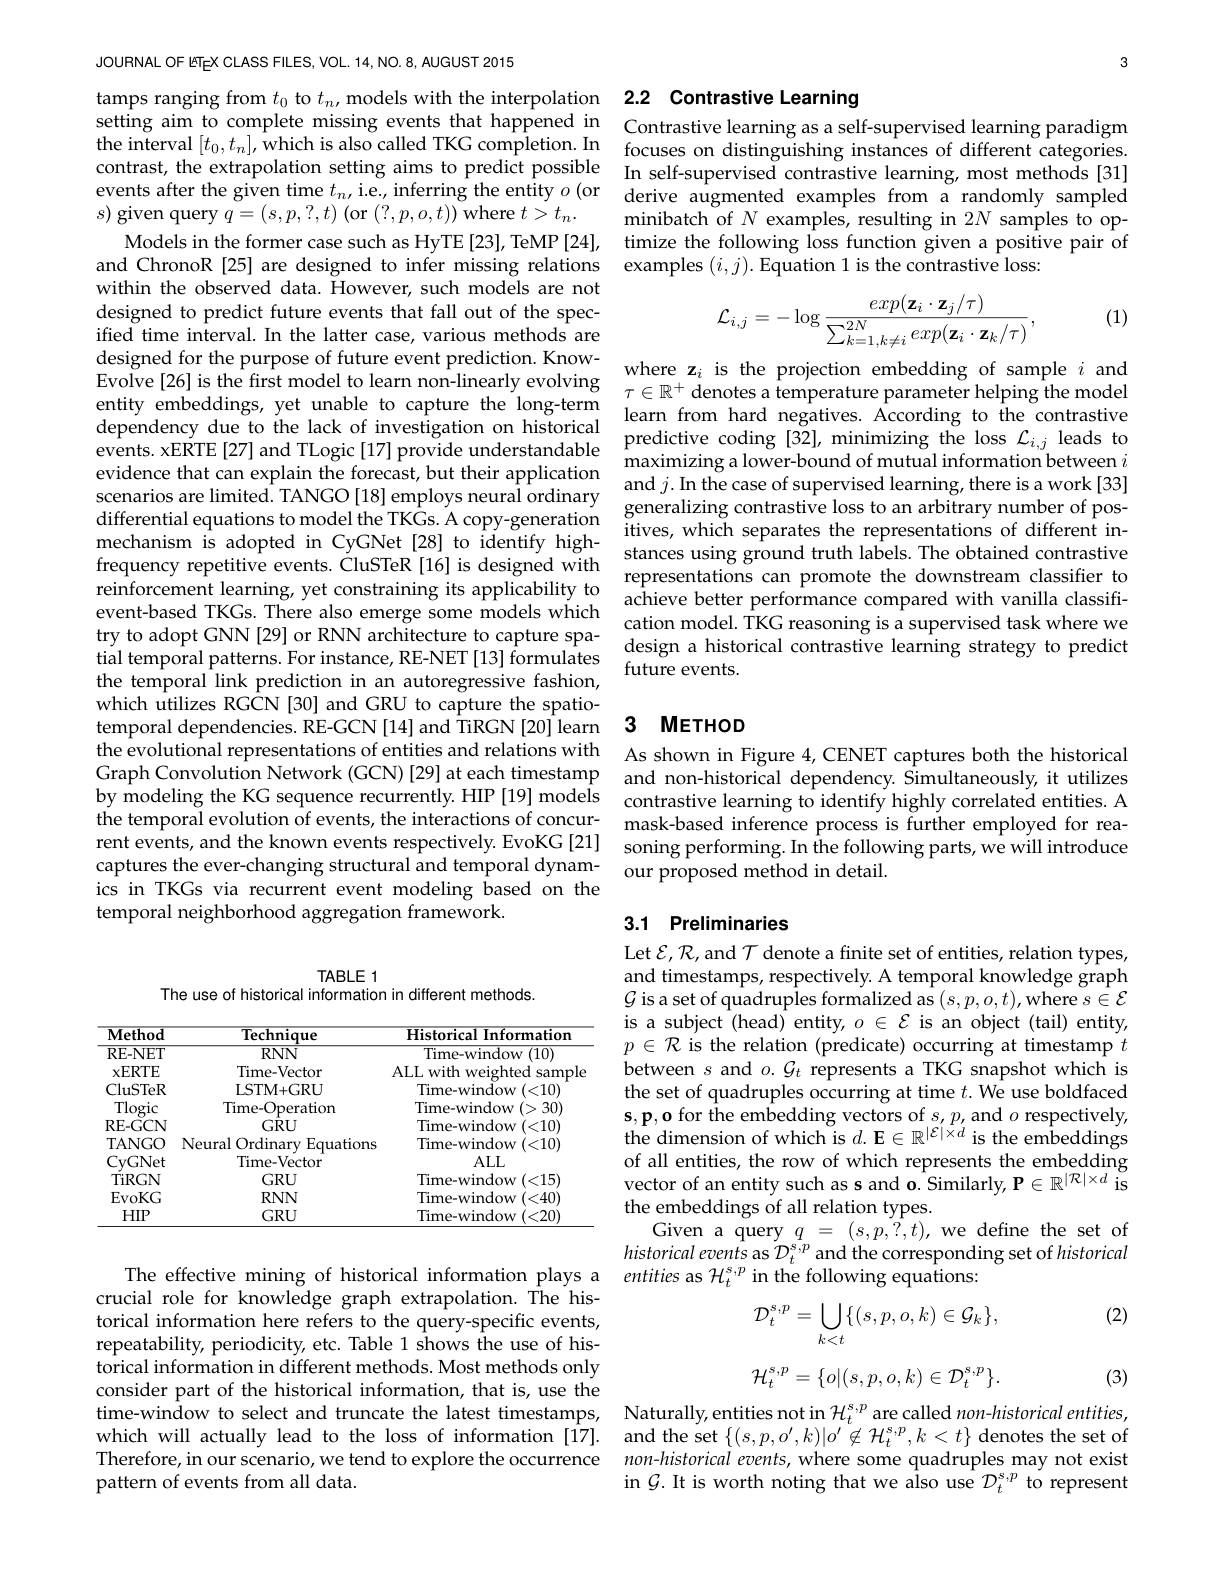
JOURNAL OF ETEX CLASS FILES,
setting aim to complete miss contrast, the extrapolation events after the given time $s)$ given query $q=(s,p,?,t$
and ChronoR [25] are designe within the observed data. Ho designed to predict future e ified time interval. In the designed for the purpose of
entity embeddings, yet unabl dependency due to the lack o events. xERTE[27] and TLogic evidence that can explain th evuente ual cali expalal une rolecast, but ulelr applicaluon and $j.$ In the case of supervised learning, there is a work [33]scenarios are limited. TANGO [18] employs neural ordinary $\begin{array}{c}\mathrm{and}j.\text{In the case of supervised learning,there~is~a~work~[33]}\end{array}$ reinforcement learning, yet event-based TKGs. There also try to adopt GNN [29] or RNN tial temporal patterns. For the temporal link prediction which utilizes RGCN [30] and GRU to capture the spatiotemporal dependencies. RE-GC the evolutional representati
by modeling the KG sequence the temporal evolution of ev rent events, and the known e
captures the ever-changing s
ics in TKGs via recurrent ev
temporal neighborhood aggreg

TABLE 1
The use of historical inform

<table>
	<tbody>
		<tr>
			<th>$\mathbf{Method}$</th>
			<th>Technique</th>
			<th>Historical Information</th>
		</tr>
		<tr>
			<td>RE- NET</td>
			<td>4 $RNN$</td>
			<td>$\mathop{\mathrm{Time-window~(10)}}$</td>
		</tr>
		<tr>
			<td>${\mathbf{ERTE}}$ $y$</td>
			<td>Time- Vector</td>
			<td>AI. I. with $\mathrm{wei}_{\mathrm{od}}$ samnle</td>
		</tr>
		<tr>
			<td>CluSTeR</td>
			<td>LSTM+ GRU</td>
			<td>Time- window$\left ( < 10\right )$</td>
		</tr>
		<tr>
			<td>Tlogic</td>
			<td>Time-Operation</td>
			<td>Time- window (>30)</td>
		</tr>
		<tr>
			<td>RE- GCN</td>
			<td>$GRU$</td>
			<td>Time-window (<10)</td>
		</tr>
		<tr>
			<td>TANGO</td>
			<td>Neural Ordinarv Equations</td>
			<td>Time- window (<10)</td>
		</tr>
		<tr>
			<td>CvGNet</td>
			<td>Time-Vector</td>
			<td>$ALL$</td>
		</tr>
		<tr>
			<td>TiRGN</td>
			<td>$GRU$</td>
			<td>Time- window ( < 15) </td>
		</tr>
		<tr>
			<td>EvoKG</td>
			<td>$RNN$</td>
			<td>Time-window (<40)</td>
		</tr>
		<tr>
			<td>$HIP$</td>
			<td>$GRU$</td>
			<td>Time-window (<20)</td>
		</tr>
	</tbody>
</table>

crucial role for knowledge graph extrapolation. The historical information here ref repeatability, periodicity, $\hat{\text{torical information in d}}$ consider part of the histori time-window to select and tr which will actually lead to Therefore, in our scenario, pattern of events from all d

3

# tamps ranging from $t_0$ to $t_n$, models with the interpolation 2.2 Contrastive Learning

Contrastive learning as a se
the interval $[t_0,t_n]$,which is also called TKG completion.In focuses on distinguishing instances of different categories.
In self-supervised contrasti derive augmented examples fr minibatch of $N$ examples, r
Models in the former case su
examples $(i,j).$ Equation 1

(1)
$$\mathcal{L}_{i,j}=-\log\frac{exp(\mathbf{z}_i\cdot\mathbf{z}_j/\tau)}{\sum_{k=1,k\neq i}^{2N}exp(\mathbf{z}_i\cdot\mathbf{z}_k/\tau)},$$
where z$_i$ is the projectio learn from hard negatives. A predictive coding [32], mini maximizing a lower-bound of representations can promote achieve better performance compared with vanilla classification model. TKG reasoning design a historical contrast future events.

### 3 $METHOD$

contrastive learning to identify highly correlated entities. A mask-based inference process is further employed for rea-

## 3.1 Preliminaries

Let $\mathcal{E},\mathcal{R}$,and $\mathcal{T}$ denote a finite set of entities, relation types, and timestamps, respectively. A temporal knowledge graph $\mathcal{G}$ is a set of quadruples formalized as $(s,p,o,t)$,where $s\in\mathcal{E}$ is a subject (head) entity, $o\in\mathcal{E}$ is an object (tail) entity, $p\in\mathcal{R}$ is the relation (predicate) occurring at timestamp $t$ between $s$ and $o.\mathcal{G}_t$ represents a TKG snapshot which is the set of quadruples occurring at time $t.$ We use boldfaced $\begin{array}{l}{\mathbf{s},\mathbf{p},\mathbf{o}\text{ for the embedding vectors of }s,p,\mathrm{and}o\text{ respectively},}\\{\mathrm{the~dimension~of~which~is~}d.\mathbf{E}\in\mathbb{R}^{|\mathcal{E}|\times d}\text{ is the embeddings}}\end{array}$ of all entities, the row of which represents the embedding vector of an entity such as the embeddings of all relation types.
Given a query $q$ = $( s, p, \hat{? } , t) $,we define the set of historicalevents as $\mathcal{D}_t^{s,p}$ and the corresponding set of historical
The effective mining of historical information plays a entities as $\mathcal{H}_t^{\mathrm{s},p}$ in the following equations:

(2)
$$\mathcal{D}_{t}^{s,p}=\bigcup_{k<t}\{(s,p,o,k)\in\mathcal{G}_{k}\},$$
$$\mathcal{H}_t^{s,p}=\{o|(s,p,o,k)\in\mathcal{D}_t^{s,p}\}.$$
(3)

Naturally, entities not in and the set $\{(s,p,o^{\prime},k)|$ non-historical events, where in $\mathcal{G}.$ It is worth notin